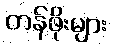
တန်ဖိုးများ